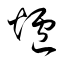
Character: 爐